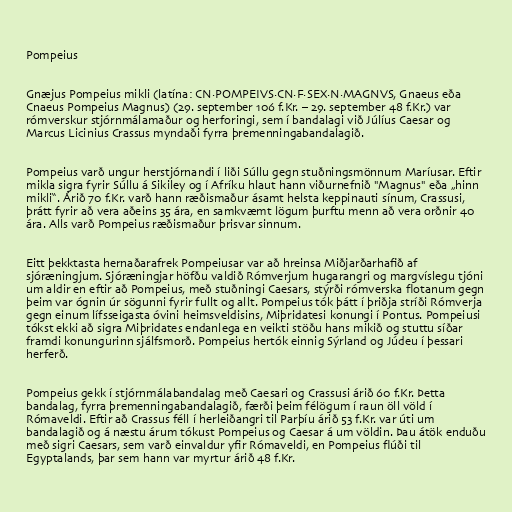
Pompeius

Gnæjus Pompeius mikli (latína: CN·POMPEIVS·CN·F·SEX·N·MAGNVS, Gnaeus eða
Cnaeus Pompeius Magnus) (29. september 106 f.Kr. – 29. september 48 f.Kr.) var
rómverskur stjórnmálamaður og herforingi, sem í bandalagi við Júlíus Caesar og
Marcus Licinius Crassus myndaði fyrra þremenningabandalagið.

Pompeius varð ungur herstjórnandi í liði Súllu gegn stuðningsmönnum Maríusar. Eftir
mikla sigra fyrir Súllu á Sikiley og í Afríku hlaut hann viðurnefnið "Magnus" eða „hinn
mikli“. Árið 70 f.Kr. varð hann ræðismaður ásamt helsta keppinauti sínum, Crassusi,
þrátt fyrir að vera aðeins 35 ára, en samkvæmt lögum þurftu menn að vera orðnir 40
ára. Alls varð Pompeius ræðismaður þrisvar sinnum.

Eitt þekktasta hernaðarafrek Pompeiusar var að hreinsa Miðjarðarhafið af
sjóræningjum. Sjóræningjar höfðu valdið Rómverjum hugarangri og margvíslegu tjóni
um aldir en eftir að Pompeius, með stuðningi Caesars, stýrði rómverska flotanum gegn
þeim var ógnin úr sögunni fyrir fullt og allt. Pompeius tók þátt í þriðja stríði Rómverja
gegn einum lífsseigasta óvini heimsveldisins, Miþridatesi konungi í Pontus. Pompeiusi
tókst ekki að sigra Miþridates endanlega en veikti stöðu hans mikið og stuttu síðar
framdi konungurinn sjálfsmorð. Pompeius hertók einnig Sýrland og Júdeu í þessari
herferð.

Pompeius gekk í stjórnmálabandalag með Caesari og Crassusi árið 60 f.Kr. Þetta
bandalag, fyrra þremenningabandalagið, færði þeim félögum í raun öll völd í
Rómaveldi. Eftir að Crassus féll í herleiðangri til Parþíu árið 53 f.Kr. var úti um
bandalagið og á næstu árum tókust Pompeius og Caesar á um völdin. Þau átök enduðu
með sigri Caesars, sem varð einvaldur yfir Rómaveldi, en Pompeius flúði til
Egyptalands, þar sem hann var myrtur árið 48 f.Kr.